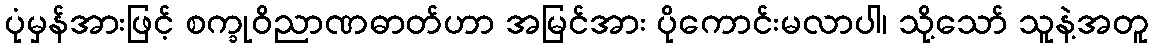
ပုံမှန်အားဖြင့် စက္ခုဝိညာဏဓာတ်ဟာ အမြင်အား ပိုကောင်းမလာပါ၊ သို့သော် သူနဲ့အတူ